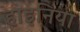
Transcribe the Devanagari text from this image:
हाइनिया